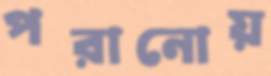
পরানোয়